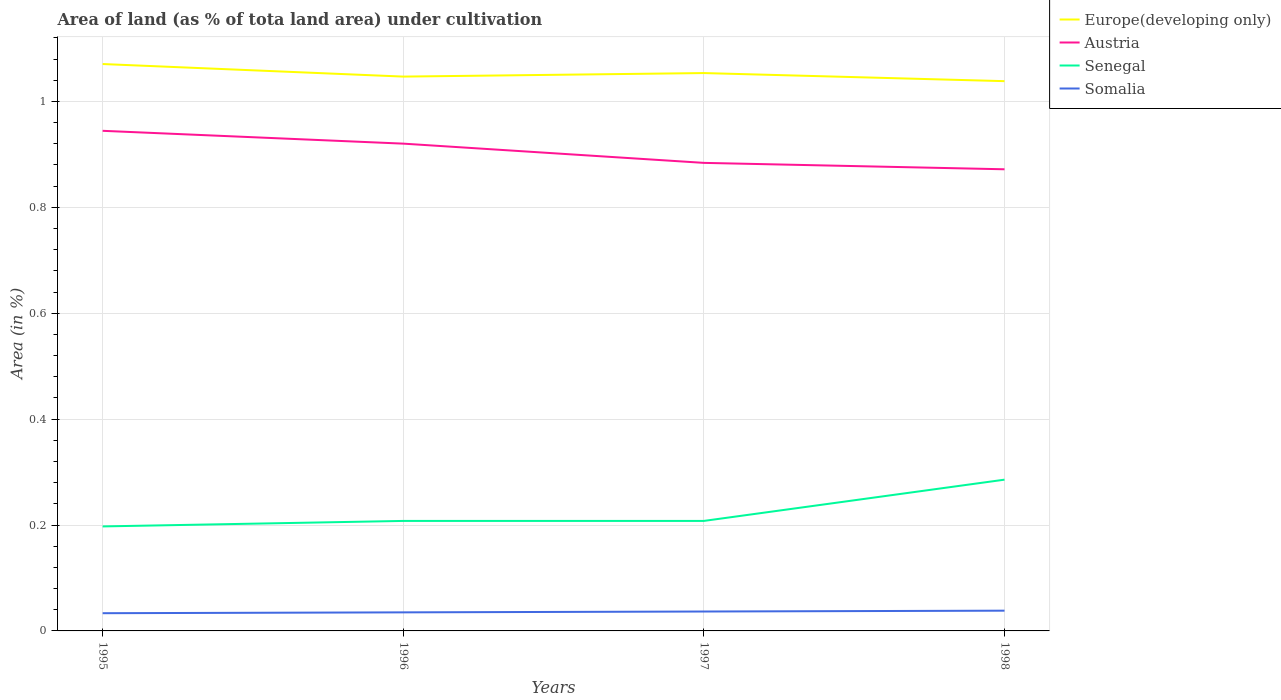
| Years | Europe(developing only) | Austria | Senegal | Somalia |
 | --- | --- | --- | --- | --- |
 | 1995 | 1.07 | 0.945 | 0.197 | 0.0335 |
 | 1996 | 1.05 | 0.92 | 0.208 | 0.0351 |
 | 1997 | 1.05 | 0.884 | 0.208 | 0.0367 |
 | 1998 | 1.04 | 0.872 | 0.286 | 0.0383 |